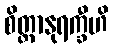
စိတ္တာနုရက္ခီဟိ